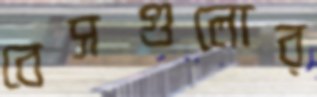
বেসগুলোর